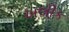
ખલીક